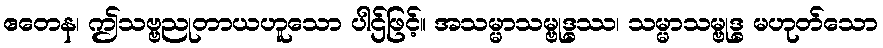
ဧတေန၊ ဤသဗ္ဗညုတာယဟူသော ပါဌ်ဖြင့်။ အသမ္မာသမ္ဗုဒ္ဓဿ၊ သမ္မာသမ္ဗုဒ္ဓ မဟုတ်သော